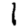
Digit: 1